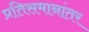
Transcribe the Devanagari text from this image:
प्रतिसमानांतर